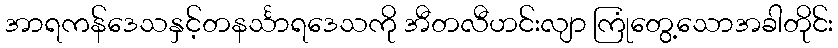
အာရကန်ဒေသနှင့်တနင်္သာရဒေသကို အီတလီဟင်းလျာ ကြုံတွေ့သောအခါတိုင်း